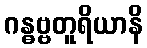
ဂန္ဓဗ္ဗတူရိယာနိ